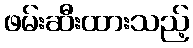
ဖမ်းဆီးထားသည့်